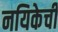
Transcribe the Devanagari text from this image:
नयिकेची